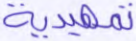
تمهيدية